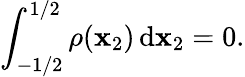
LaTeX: \int_{-1/2}^{1/2}\rho(\mathbf{x}_{2})\, \mathrm{{d}}\mathbf{x}_{2}=0.